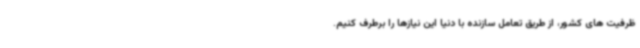
ظرفیت های کشور، از طریق تعامل سازنده با دنیا این نیازها را برطرف کنیم.